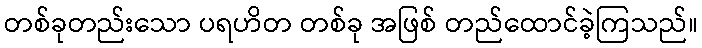
တစ်ခုတည်းသော ပရဟိတ တစ်ခု အဖြစ် တည်ထောင်ခဲ့ကြသည်။